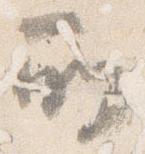
所